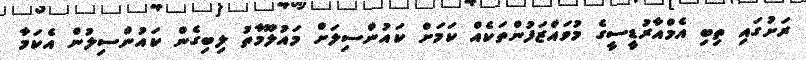
ރަށުގައި ތިބި އެމްއާރުޑީސީގެ މުވައްޒަފުންތަކެއް ކަމަށް ކައުންސިލަށް މައުލޫމާތު ލިބިގެން ކައުންސިލުން އެކަމާ